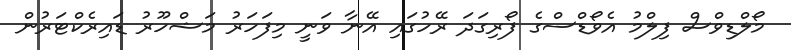
މޯލްޑިވްސް ފިލްމު އެވޯޑްސްގެ ފޯރިގަދަ ރޭހުގައި އޭނާ ވަނީ މިފަހަރު މަޝްހޫރު ޑައިރެކްޓަރުން